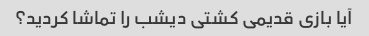
آیا بازی قدیمی کشتی دیشب را تماشا کردید؟